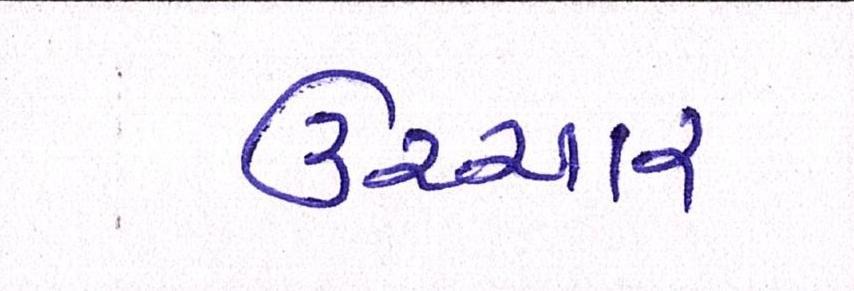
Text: ઉચ્ચાર